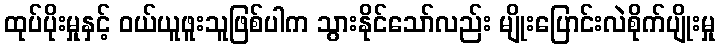
ထုပ်ပိုးမှုနှင့် ဝယ်ယူဖူးသူဖြစ်ပါက သွားနိုင်သော်လည်း မျိုးပြောင်းလဲစိုက်ပျိုးမှု